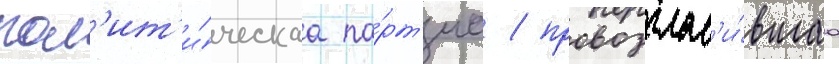
пол'ит'и́ческаа па́рт'иа / провозглас'и́вшаа